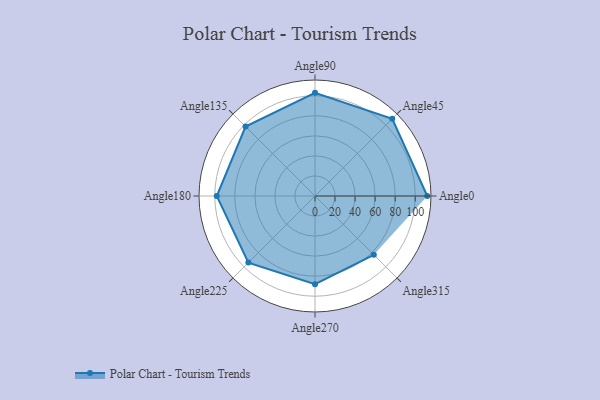
{"axis": {"x": "Angle", "y": "Radius"}, "legend": [""], "data": [{"x": "Angle0", "y": 112.0, "type": ""}, {"x": "Angle45", "y": 109.0, "type": ""}, {"x": "Angle90", "y": 103.0, "type": ""}, {"x": "Angle135", "y": 98.0, "type": ""}, {"x": "Angle180", "y": 98.0, "type": ""}, {"x": "Angle225", "y": 94.0, "type": ""}, {"x": "Angle270", "y": 88.0, "type": ""}, {"x": "Angle315", "y": 83.0, "type": ""}]}